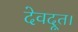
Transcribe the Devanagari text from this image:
देवदूत।